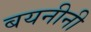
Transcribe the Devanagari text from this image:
बयनीनी